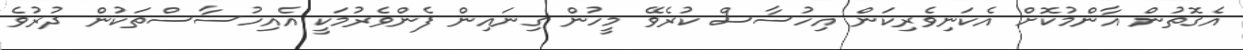
އެގޮތުން އާންމުކޮށް އެކަނިވެރިކަން އިހުސާސް ކުރެވޭ މީހުން ގިނައިން ފެންވެރުމަކީ އެއިހުސާސްތަކުން ދުރުވެ